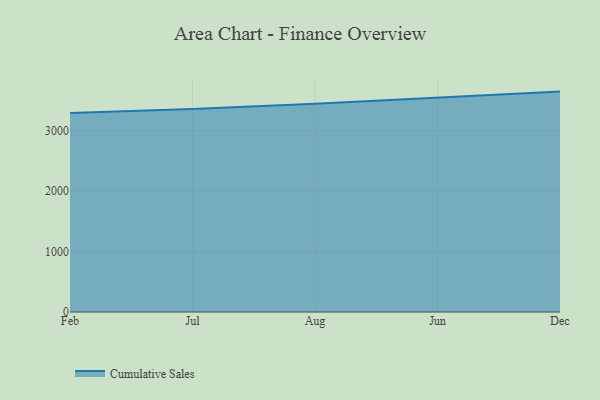
{"axis": {"x": "Month", "y": "Net Income (USD K)"}, "legend": ["Cumulative Sales"], "data": [{"x": "Feb", "y": 3295.2, "type": "Cumulative Sales"}, {"x": "Jul", "y": 3359.2, "type": "Cumulative Sales"}, {"x": "Aug", "y": 3445.5, "type": "Cumulative Sales"}, {"x": "Jun", "y": 3549.9, "type": "Cumulative Sales"}, {"x": "Dec", "y": 3648.4, "type": "Cumulative Sales"}]}